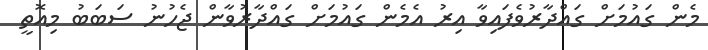
މެން ގައުމަށް ގައްދާރުވެފައިވާ އިރު އެމެން ގައުމަށް ގައްދާރުވާން ޖެހުނު ސަބަބު މިއޮތީ